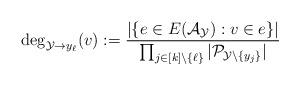
LaTeX: \begin{align*}\deg_{{\mathcal Y} \to y_{\ell} }(v):=\frac{|\{e\in E(\mathcal A_{\mathcal Y}): v\in e\}|} {\prod_{j \in [k]\setminus \{\ell\}}|\mathcal P_{ \mathcal Y \setminus \{y_{j}\}}|}\end{align*}